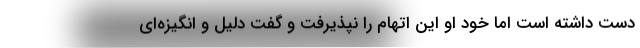
دست داشته است اما خود او این اتهام را نپذیرفت و گفت دلیل و انگیزه‌ای